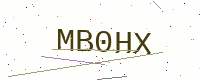
Text: MB0HX